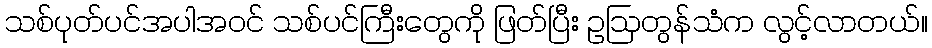
သစ်ပုတ်ပင်အပါအဝင် သစ်ပင်ကြီးတွေကို ဖြတ်ပြီး ဥဩတွန်သံက လွင့်လာတယ်။